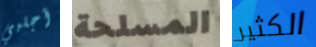
أجلبي المسلحة الكثير